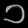
Digit: ၁